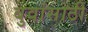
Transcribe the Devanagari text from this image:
बुवांसाठी